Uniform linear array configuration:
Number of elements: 8
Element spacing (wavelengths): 0.75
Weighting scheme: cosine
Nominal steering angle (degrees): -45
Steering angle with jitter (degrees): -45.386
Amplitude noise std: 0.05
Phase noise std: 0.05

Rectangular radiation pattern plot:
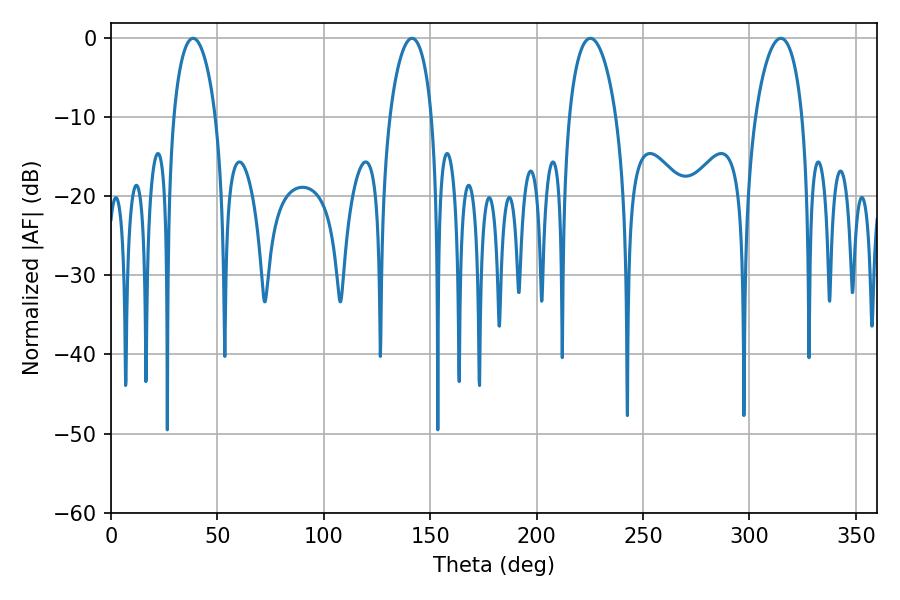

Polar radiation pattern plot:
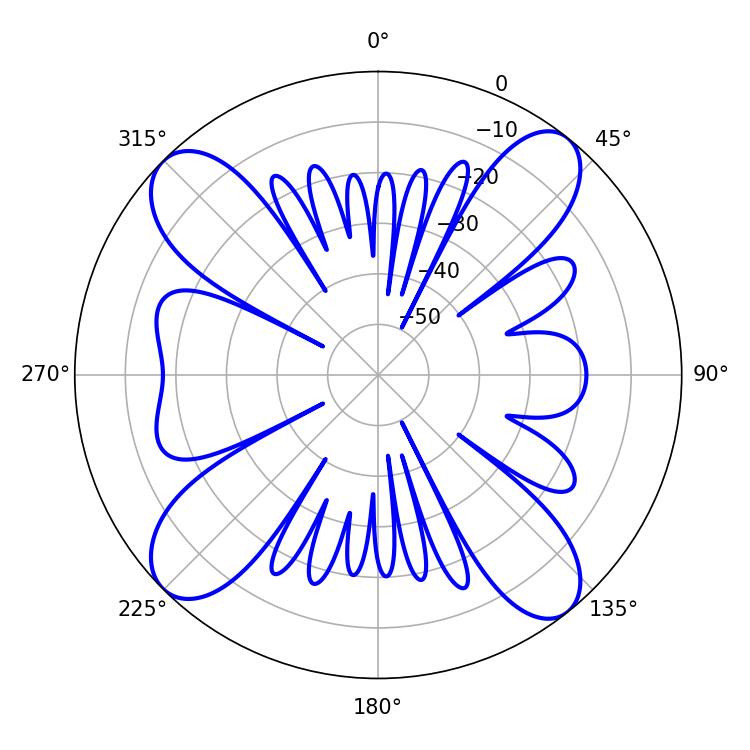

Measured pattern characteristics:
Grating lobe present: TRUE
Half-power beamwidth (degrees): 11.34
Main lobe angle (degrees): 38.52